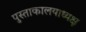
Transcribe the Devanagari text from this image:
पुस्ताकालयाध्यक्ष